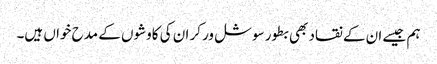
ہم جیسے ان کے نقاد بھی بطور سوشل ورکر ان کی کاوشوں کے مدح خواں ہیں۔